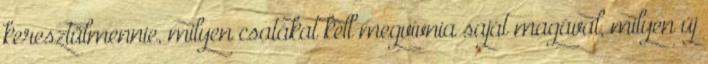
keresztülmennie, milyen csatákat kell megvívnia saját magával, milyen új